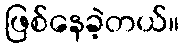
ဖြစ်နေခဲ့တယ်။